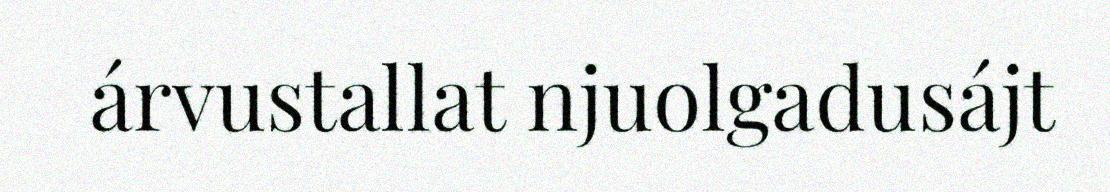
árvustallat njuolgadusájt